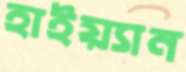
হাইয়্যান